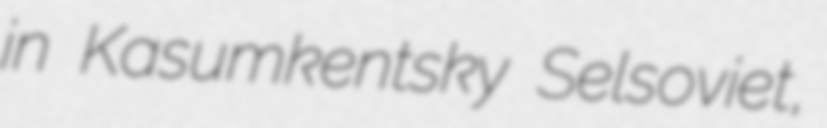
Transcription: in Kasumkentsky Selsoviet,